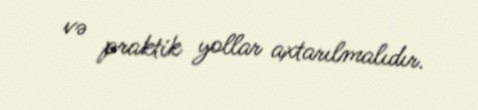
və praktik yollar axtarılmalıdır.